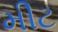
મીટ